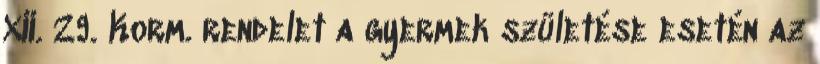
XII. 29. Korm. rendelet a gyermek születése esetén az